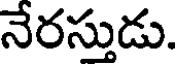
నేరస్తుడు.